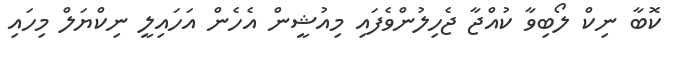
ކޮބާ ނިކް ލޯބިވާ ކުއްޖާ ޖެހިލުންވެފައި މިއުޝީން އެހެން އަހައިލީ ނިކްޔަލް މިހައި